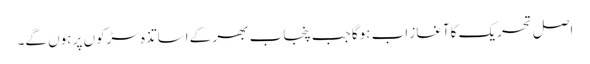
اصل تحریک کاآغاز اب ہوگا جب پنجاب بھر کے اساتذہ سڑکوں پر ہوں گے۔